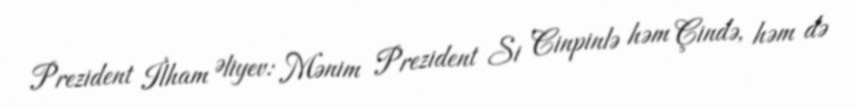
Prezident İlham Əliyev: Mənim Prezident Si Cinpinlə həm Çində, həm də